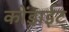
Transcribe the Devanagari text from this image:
कोंड्राईट